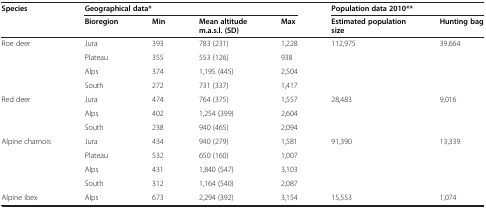
<table><thead><tr><td rowspan="2"><b>Species</b></td><td colspan="4"><b>Geographical data*</b></td><td colspan="2"><b>Population data 2010**</b></td></tr><tr><td><b>Bioregion</b></td><td><b>Min</b></td><td><b>Mean altitude m.a.s.l. (SD)</b></td><td><b>Max</b></td><td><b>Estimated population size</b></td><td><b>Hunting bag</b></td></tr></thead><tbody><tr><td rowspan="4">Roe deer</td><td>Jura</td><td>393</td><td>783 (231)</td><td>1,228</td><td rowspan="4">112,975</td><td rowspan="4">39,664</td></tr><tr><td>Plateau</td><td>355</td><td>553 (126)</td><td>938</td></tr><tr><td>Alps</td><td>374</td><td>1,195 (445)</td><td>2,504</td></tr><tr><td>South</td><td>272</td><td>731 (337)</td><td>1,417</td></tr><tr><td rowspan="3">Red deer</td><td>Jura</td><td>474</td><td>764 (375)</td><td>1,557</td><td rowspan="3">28,483</td><td rowspan="3">9,016</td></tr><tr><td>Alps</td><td>402</td><td>1,254 (399)</td><td>2,604</td></tr><tr><td>South</td><td>238</td><td>940 (465)</td><td>2,094</td></tr><tr><td rowspan="4">Alpine chamois</td><td>Jura</td><td>434</td><td>940 (279)</td><td>1,581</td><td rowspan="4">91,390</td><td rowspan="4">13,339</td></tr><tr><td>Plateau</td><td>532</td><td>650 (160)</td><td>1,007</td></tr><tr><td>Alps</td><td>431</td><td>1,840 (547)</td><td>3,103</td></tr><tr><td>South</td><td>312</td><td>1,164 (540)</td><td>2,087</td></tr><tr><td>Alpine ibex</td><td>Alps</td><td>673</td><td>2,294 (392)</td><td>3,154</td><td>15,553</td><td>1,074</td></tr></tbody></table>